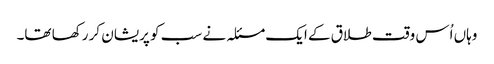
وہاں اُس وقت طلاق کے ایک مسئلہ نے سب کو پریشان کر رکھا تھا۔